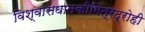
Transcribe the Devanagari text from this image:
विश्वासघातकीमित्रद्रोही